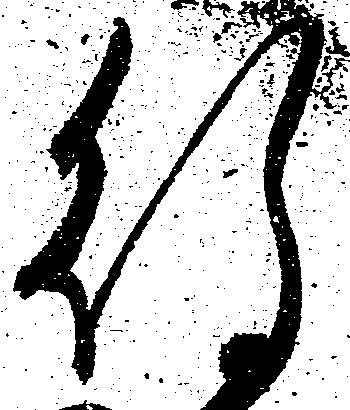
待